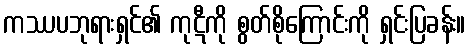
ကဿပဘုရားရှင်၏ ကုဋီကို စွတ်စိုကြောင်းကို ရှင်းပြခန်း။